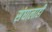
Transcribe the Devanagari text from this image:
संघालाही